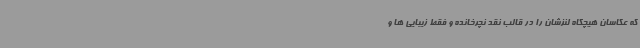
که عکاسان هیچگاه لنزشان را در قالب نقد نچرخانده و فقط زیبایی ها و